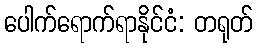
ပေါက်ရောက်ရာနိုင်ငံ: တရုတ်